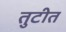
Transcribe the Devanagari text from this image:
तुटीत